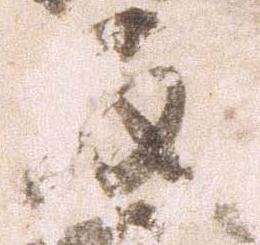
反